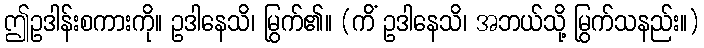
ဤဥဒါန်းစကားကို။ ဥဒါနေသိ၊ မြွက်၏။ (ကိံ ဥဒါနေသိ၊ အဘယ်သို့ မြွက်သနည်း။)